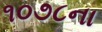
૧૦૭૮ના